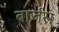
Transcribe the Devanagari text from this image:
बार्जस